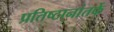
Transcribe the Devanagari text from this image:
प्रतिष्ठानांतर्फे